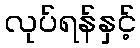
လုပ်ရန်နှင့်